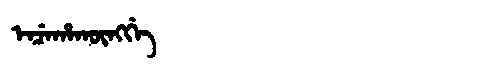
Manchu: ᡝᠨᠴᡝᡥᠠᡴᡡᠩᡤᡝ
Romanization: ENCEHAKŪNGGE